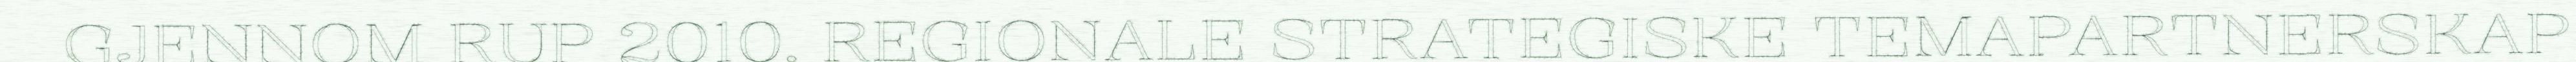
GJENNOM RUP 2010. REGIONALE STRATEGISKE TEMAPARTNERSKAP